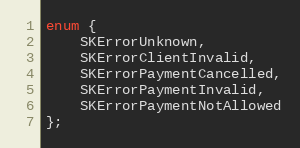
Language: C
enum {
    SKErrorUnknown,
    SKErrorClientInvalid,
    SKErrorPaymentCancelled,
    SKErrorPaymentInvalid,
    SKErrorPaymentNotAllowed
};